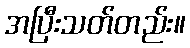
အပြီးသတ်တည်း။